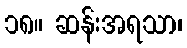
၁၈။ ဆန်းအရသာ၊